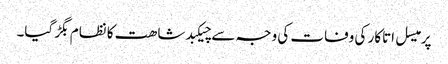
پرمیسل اتاکار کی وفات کی وجہ سے چیکبدشاھت کا نظام بگڑ گیا۔